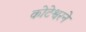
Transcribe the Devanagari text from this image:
कोटेश्वरने